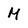
Character: M